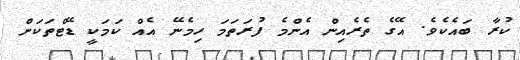
ކުރާ ބައެކެވެ. އޭގެ ތެރެއިން އެންމެ ފުރަތަމަ ހިމެނޭ އެއް ކަމަކީ ޑޭޓްތަކަށް